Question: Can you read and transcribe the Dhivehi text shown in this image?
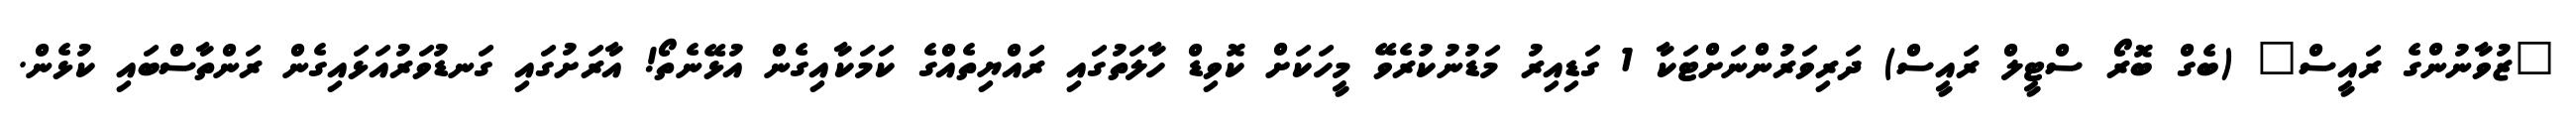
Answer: "ޒުވާނުންގެ ރައީސް" (ބެގް ބޮރޯ ސްޓީލް ރައީސް) ދަރިވަރުންނަށްޓަކާ 1 ގަޑިއިރު މަޑުނުކުރެވޭ މީހަކަށް ކޮވިޑް ހާލަތުގައި ރައްޔިތެއްގެ ކަމަކާއިގެން އުޅޭނެތޯ! އާރަށުގައި ގަނޑުވަރުއަޅައިގެން ރަންތާސްބައި ކުޅެން.